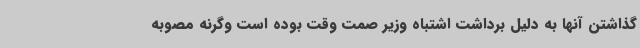
گذاشتن آنها به دلیل برداشت اشتباه وزیر صمت وقت بوده است وگرنه مصوبه